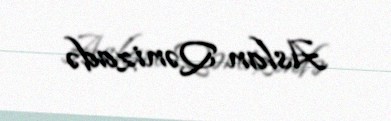
Aslan Qənizadə